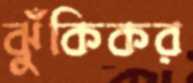
ঝুঁকিকর